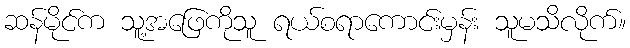
ဆန်မိုင်က သူ့အဖြေကိုသူ ရယ်စရာကောင်းမှန်း သူမသိလိုက်။